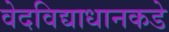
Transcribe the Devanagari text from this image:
वेदविद्याधानकडे